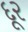
દૂર